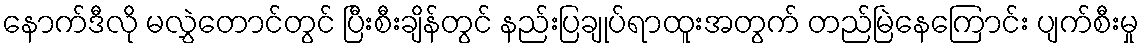
နောက်ဒီလို မလွှဲတောင်တွင် ပြီးစီးချိန်တွင် နည်းပြချုပ်ရာထူးအတွက် တည်မြဲနေကြောင်း ပျက်စီးမှု